Annual report of the Imperial Bacteriologist
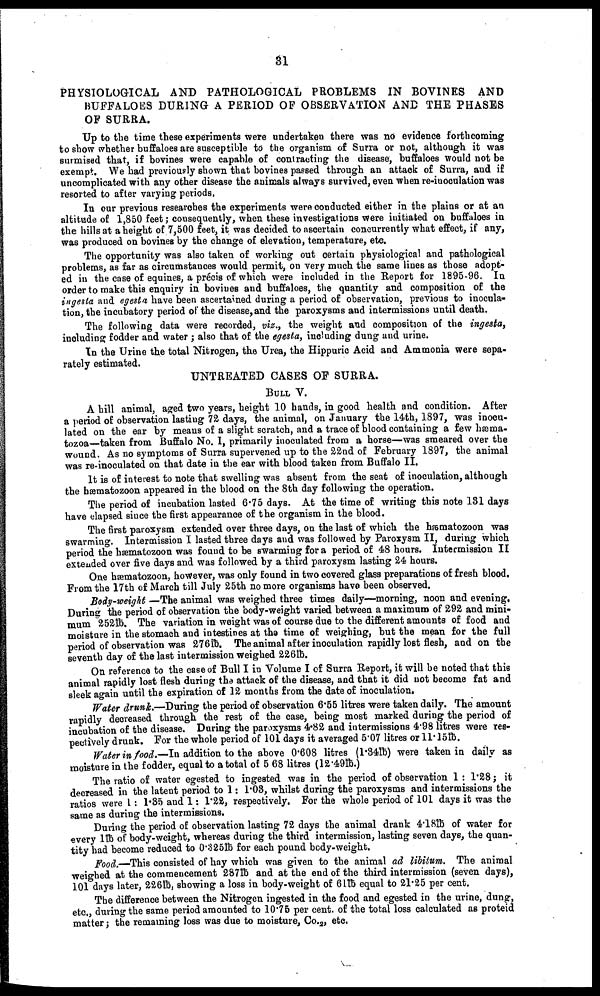
31
PHYSIOLOGICAL AND PATHOLOGICAL PROBLEMS IN BOVINES AND
BUFFALOES DURING A PERIOD OF OBSERVATION AND THE PHASES
OF SURRA.
Up to the time these experiments were undertaken there was no evidence forthcoming
to show whether buffaloes are susceptible to the organism of Surra or not, although it was
surmised that, if bovines were capable of contracting the disease, buffaloes would not be
exempt. We had previously shown that bovines passed through an attack of Surra, and if
uncomplicated with any other disease the animals always survived, even when re-inoculation was
resorted to after varying periods.
In our previous researches the experiments were conducted either in the plains or at an
altitude of 1,850 feet; consequently, when these investigations were initiated on buffaloes in
the hills at a height of 7,500 feet, it was decided to ascertain concurrently what effect, if any,
was produced on bovines by the change of elevation, temperature, etc.
The opportunity was also taken of working out certain physiological and pathological
problems, as far as circumstances would permit, on very much the same lines as those adopt-
ed in the case of equines, a précis of which were included in the Report for 1895-96. In
order to make this enquiry in bovines and buffaloes, the quantity and composition of the
ingesta and egesta have been ascertained during a period of observation, previous to inocula-
tion, the incubatory period of the disease, and the paroxysms and intermissions until death.
The following data were recorded, viz., the weight and composition of the ingesta,
including fodder and water ; also that of the egesta, including dung and urine.
In the Urine the total Nitrogen, the Urea, the Hippuric Acid and Ammonia were sepa-
rately estimated.
UNTREATED CASES OF SURRA.
BULL V.
A hill animal, aged two years, height 10 hands, in good health and condition. After
a period of observation lasting 72 days, the animal, on January the 14th, 1897, was inocu-
lated on the ear by means of a slight scratch, and a trace of blood containing a few hæma-
tozoa—taken from Buffalo No. I, primarily inoculated from a horse—was smeared over the
wound. As no symptoms of Surra supervened up to the 22nd of February 1897, the animal
was re-inoculated on that date in the ear with blood taken from Buffalo II.
It is of interest to note that swelling was absent from the seat of inoculation, although
the hæmatozoon appeared in the blood on the 8th day following the operation.
The period of incubation lasted 6.75 days. At the time of writing this note 131 days
have elapsed since the first appearance of the organism in the blood.
The first paroxysm extended over three days, on the last of which the hæmatozoon was
swarming. Intermission I lasted three days and was followed by Paroxysm II, during which
period the hæmatozoon was found to be swarming for a period of 48 hours. Intermission II
extended over five days and was followed by a third paroxysm lasting 24 hours.
One hæmatozoon, however, was only found in two covered glass preparations of fresh blood.
From the 17th of March till July 25th no more organisms have been observed.
Body-weight —The animal was weighed three times daily—morning, noon and evening.
During the period of observation the body-weight varied between a maximum of 292 and mini-
mum 252lb. The variation in weight was of course due to the different amounts of food and
moisture in the stomach and intestines at the time of weighing, but the mean for the full
period of observation was 276lb. The animal after inoculation rapidly lost flesh, and on the
seventh day of the last intermission weighed 226lb.
On reference to the case of Bull I in Volume I of Surra Report, it will be noted that this
animal rapidly lost flesh during the attack of the disease, and that it did not become fat and
sleek again until the expiration of 12 months from the date of inoculation.
Water drunk.—During the period of observation 6.55 litres were taken daily. The amount
rapidly decreased through the rest of the case, being most marked during the period of
incubation of the disease. During the paroxysms 4.82 and intermissions 4.98 litres were res-
pectively drunk. For the whole period of 101 days it averaged 5.07 litres or 11.15lb.
Water in food.—In addition to the above 0.608 litres (l.34lb) were taken in daily as
moisture in the fodder, equal to a total of 5.68 litres (12.49lb.)
The ratio of water egested to ingested was in the period of observation 1 : 1.28 ; it
decreased in the latent period to 1: 1.03, whilst during the paroxysms and intermissions the
ratios were 1: 1.35 and 1: 1.22, respectively. For the whole period of 101 days it was the
same as during the intermissions.
During the period of observation lasting 72 days the animal drank 4.18lb of water for
every 1lb of body-weight, whereas during the third intermission, lasting seven days, the quan-
tity had become reduced to 0.325 lb for each pound body-weight.
Food.—This consisted of hay which was given to the animal ad libitum. The animal
weighed at the commencement 287lb and at the end of the third intermission (seven days),
101 days later, 226lb, showing a loss in body-weight of 61lb equal to 21.25 per cent.
The difference between the Nitrogen ingested in the food and egested in the urine, dung,
etc., during the same period amounted to 10.75 per cent. of the total loss calculated as proteid
matter; the remaining loss was due to moisture, Co. 2 , etc.